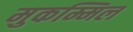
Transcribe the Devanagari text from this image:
मुकम्मिल